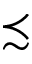
\precsim